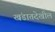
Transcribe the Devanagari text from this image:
खंडातदेखील